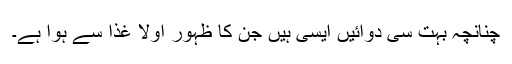
چنانچہ بہت سی دوائیں ایسی ہیں جن کا ظہور اولا غذا سے ہوا ہے۔